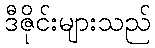
ဒီဇိုင်းများသည်